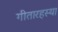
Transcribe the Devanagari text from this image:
गीतारहस्या